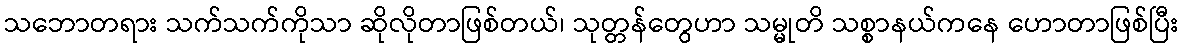
သဘောတရား သက်သက်ကိုသာ ဆိုလိုတာဖြစ်တယ်၊ သုတ္တန်တွေဟာ သမ္မုတိ သစ္စာနယ်ကနေ ဟောတာဖြစ်ပြီး